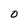
Character: 0